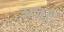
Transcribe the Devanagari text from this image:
ऊठसूट